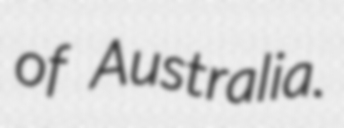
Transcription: of Australia.